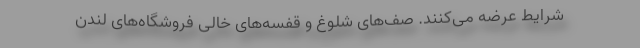
شرایط عرضه می‌کنند. صف‌های شلوغ و قفسه‌های خالی فروشگاه‌های لندن